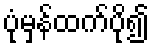
ပုံမှန်ထက်ပို၍